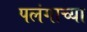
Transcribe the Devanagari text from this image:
पलंगाच्या